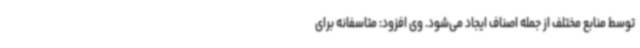
توسط منابع مختلف از جمله اصناف ایجاد می‌شود. وی افزود: متاسفانه برای